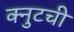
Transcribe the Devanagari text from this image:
क्नुटची